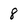
Character: 8